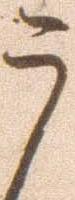
う